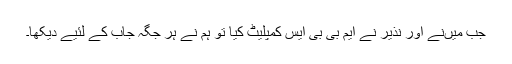
جب میں‌نے اور نذیر نے ایم بی بی ایس کمپلیٹ کیا تو ہم نے ہر جگہ جاب کے لئیے دیکھا۔